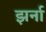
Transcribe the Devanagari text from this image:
झर्ना